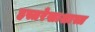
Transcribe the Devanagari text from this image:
हस्तरेखाशास्त्र